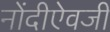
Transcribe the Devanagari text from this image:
नोंदीऐवजी